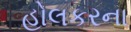
હોલકરના